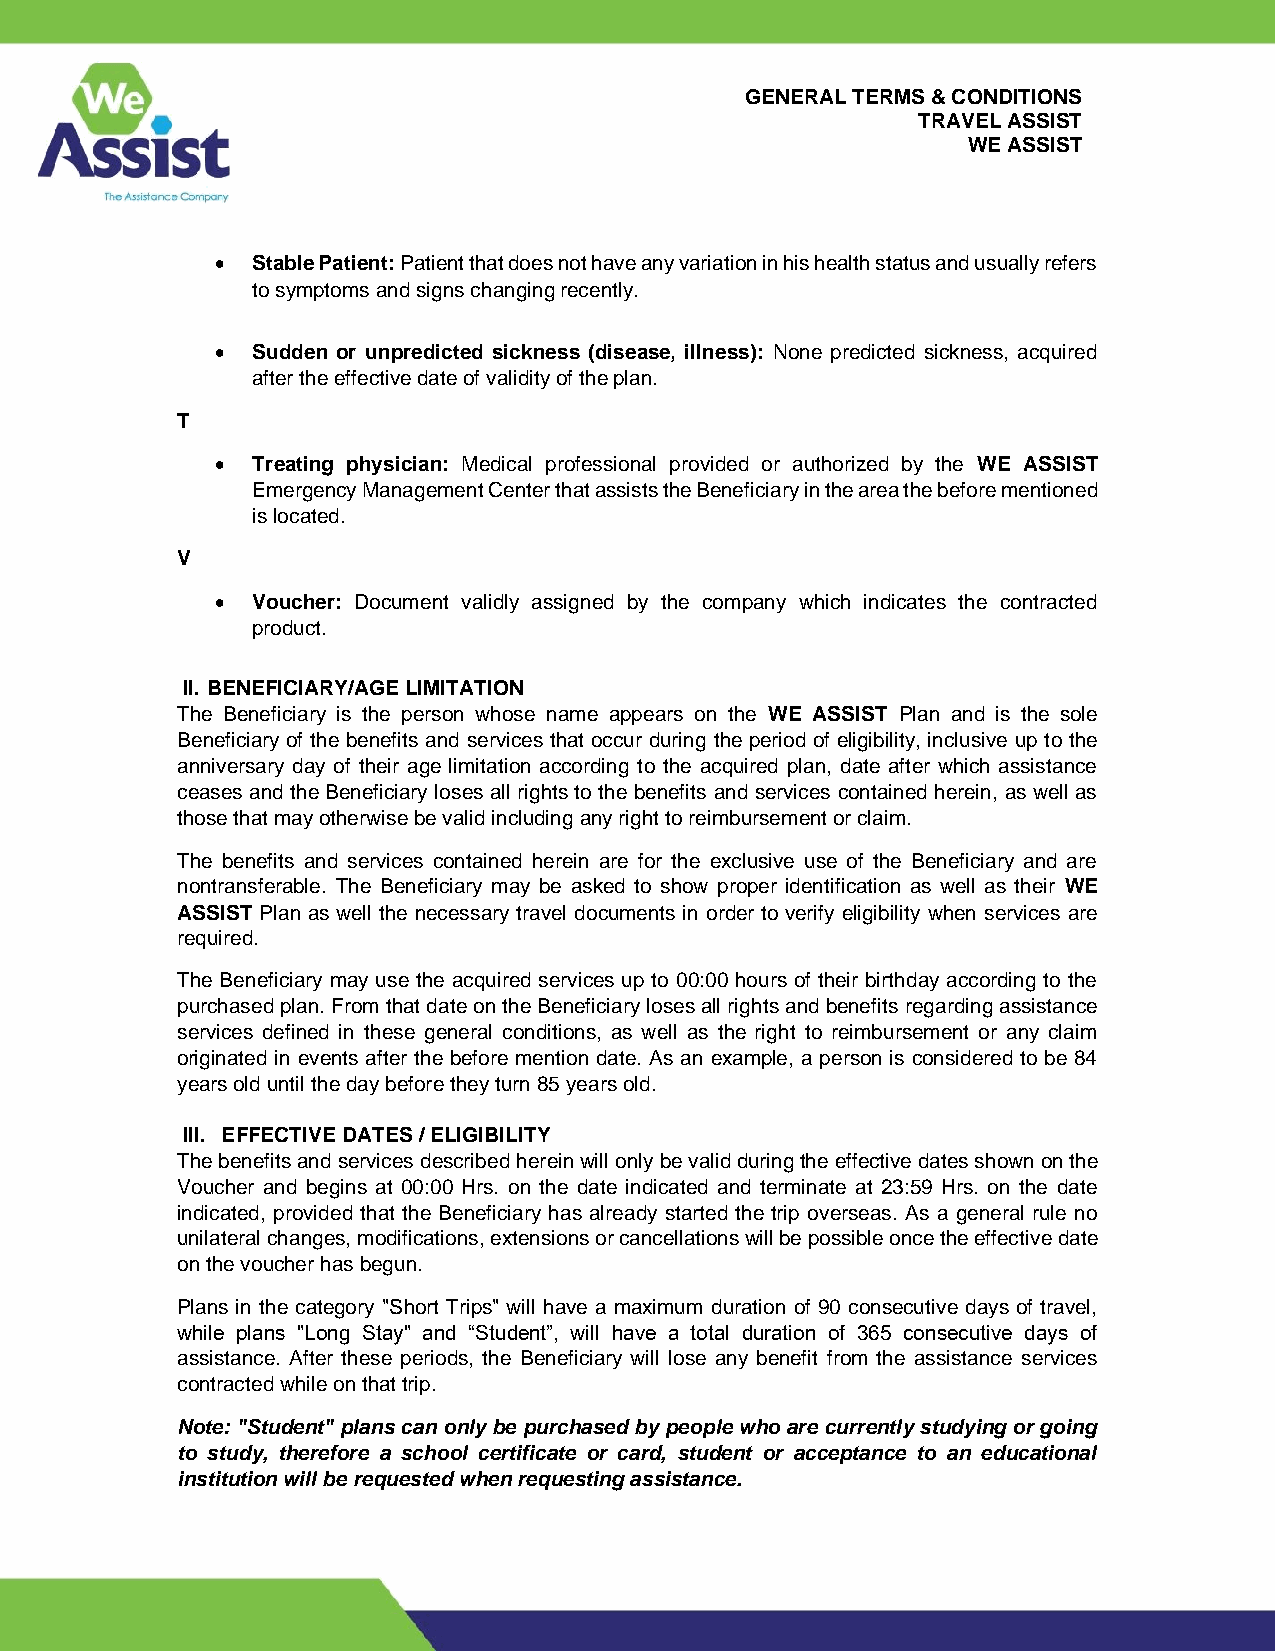
GENERAL TERMS & CONDITIONS
 TRAVEL ASSIST
 WE ASSIST
 •  Stable Patient: Patient that does not have any variation in his health status and usually refers
 to symptoms and signs changing recently.
 •  Sudden or unpredicted sickness (disease, illness): None predicted sickness, acquired
 after the effective date of validity of the plan.
 T
 •  Treating physician: Medical professional provided or authorized by the WE ASSIST
 Emergency Management Center that assists the Beneficiary in the area the before mentioned
 is located.
 V
 •  Voucher: Document validly assigned by the company which indicates the contracted
 product.
 II. BENEFICIARY/AGE LIMITATION
 The Beneficiary is the person whose name appears on the WE ASSIST Plan and is the sole
 Beneficiary of the benefits and services that occur during the period of eligibility, inclusive up to the
 anniversary day of their age limitation according to the acquired plan, date after which assistance
 ceases and the Beneficiary loses all rights to the benefits and services contained herein, as well as
 those that may otherwise be valid including any right to reimbursement or claim.
 The benefits and services contained herein are for the exclusive use of the Beneficiary and are
 nontransferable. The Beneficiary may be asked to show proper identification as well as their WE
 ASSIST Plan as well the necessary travel documents in order to verify eligibility when services are
 required.
 The Beneficiary may use the acquired services up to 00:00 hours of their birthday according to the
 purchased plan. From that date on the Beneficiary loses all rights and benefits regarding assistance
 services defined in these general conditions, as well as the right to reimbursement or any claim
 originated in events after the before mention date. As an example, a person is considered to be 84
 years old until the day before they turn 85 years old.
 III. EFFECTIVE DATES / ELIGIBILITY
 The benefits and services described herein will only be valid during the effective dates shown on the
 Voucher and begins at 00:00 Hrs. on the date indicated and terminate at 23:59 Hrs. on the date
 indicated, provided that the Beneficiary has already started the trip overseas. As a general rule no
 unilateral changes, modifications, extensions or cancellations will be possible once the effective date
 on the voucher has begun.
 Plans in the category "Short Trips" will have a maximum duration of 90 consecutive days of travel,
 while plans "Long Stay" and “Student”, will have a total duration of 365 consecutive days of
 assistance. After these periods, the Beneficiary will lose any benefit from the assistance services
 contracted while on that trip.
 Note: "Student" plans can only be purchased by people who are currently studying or going
 to study, therefore a school certificate or card, student or acceptance to an educational
 institution will be requested when requesting assistance.